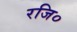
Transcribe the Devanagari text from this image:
रजि०